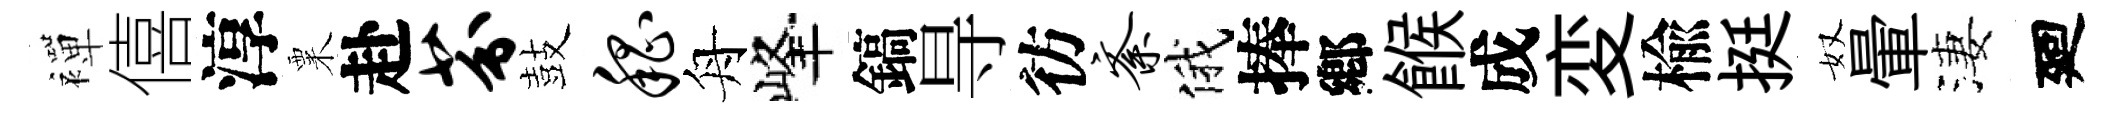
襌僖淳粟赴芬鼓嵇舟峰鎬㝵彷紊俄捧鄕餱成変楡挺奴暈淒廻